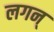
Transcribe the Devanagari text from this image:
लगन्